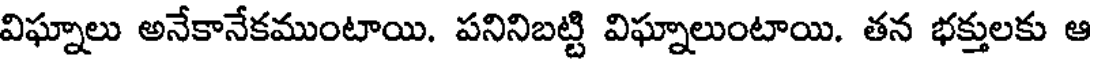
విఘ్నాలు అనేకానేకముంటాయి. పనినిబట్టి విఘ్నాలుంటాయి. తన భక్తులకు ఆ